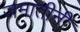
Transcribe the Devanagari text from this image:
जमातीनी